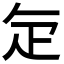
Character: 𭻾